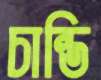
চান্ডি